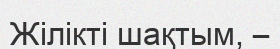
Жiлiктi шақтым, –